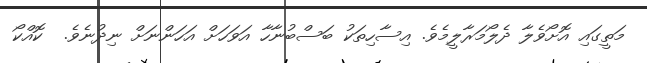
މަތީގައި އޮށޯވެލާ ދެލޯމަރާލީމެވެ. އިސާހިތަކު ބަސްބުނާހާ އަވަހަށް އަހަންނަށް ނިދުނެވެ.  ކޮއްކޯ